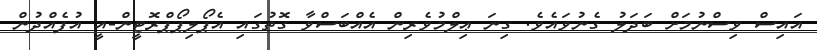
އައިސް ވިސްނުމަށް ބަދަލު ގެނުވައެވެ. ގިނަ ޢިލްމުވެރިން އެއްބަސްވާ ގޮތުގައި އެޕޯލިޕޯޕްރޮޓީން-އީ އުފެއްދުން